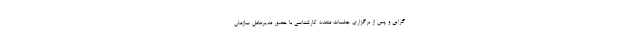
گرایی و پس از برگزاری جلسات متعدد کارشناسی با حضور مدیرعامل سازمان